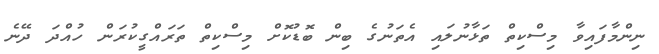
ނިންމާފައިވާ މިސްކިތް ތަޅާނުލައި އެތަނުގެ ބިން ބޮޑުކޮށް މިސްކިތް ތަރައްގީކުރަން ހުއްދަ ދޭނެ